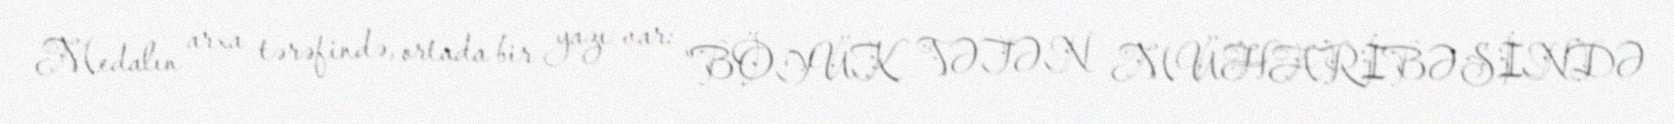
Medalın arxa tərəfində, ortada bir yazı var: "BÖYÜK VƏTƏN MÜHARİBƏSİNDƏ